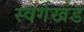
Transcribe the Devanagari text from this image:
स्वर्गखंड